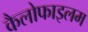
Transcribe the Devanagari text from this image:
कैलोफाइलम